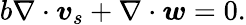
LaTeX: b\nabla\cdot\boldsymbol{v}_{s}+\nabla\cdot\boldsymbol{w}=0.